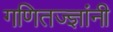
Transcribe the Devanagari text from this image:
गणितज्ज्ञांनी